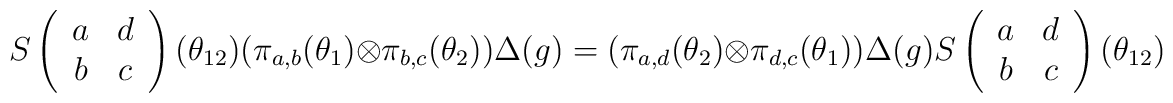
S\left( \begin{array}{cc} a  & d  \\ b   & c  \end{array}\right)(\theta_{12})( \pi_{a,b}(\theta_1) \otimes \pi_{b,c}(\theta_2) )\Delta (g) =( \pi_{a,d}(\theta_2) \otimes \pi_{d,c}(\theta_1) )\Delta (g)S\left( \begin{array}{cc} a  & d  \\ b   & c  \end{array}\right)(\theta_{12})